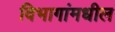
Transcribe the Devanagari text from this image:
विभागांमधील